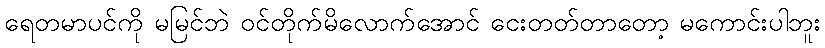
ရေတမာပင်ကို မမြင်ဘဲ ဝင်တိုက်မိလောက်အောင် ငေးတတ်တာတော့ မကောင်းပါဘူး